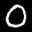
Label: 0